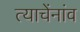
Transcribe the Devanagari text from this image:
त्याचेंनांव